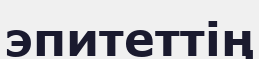
эпитеттің